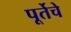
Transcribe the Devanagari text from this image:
पूर्तेचे